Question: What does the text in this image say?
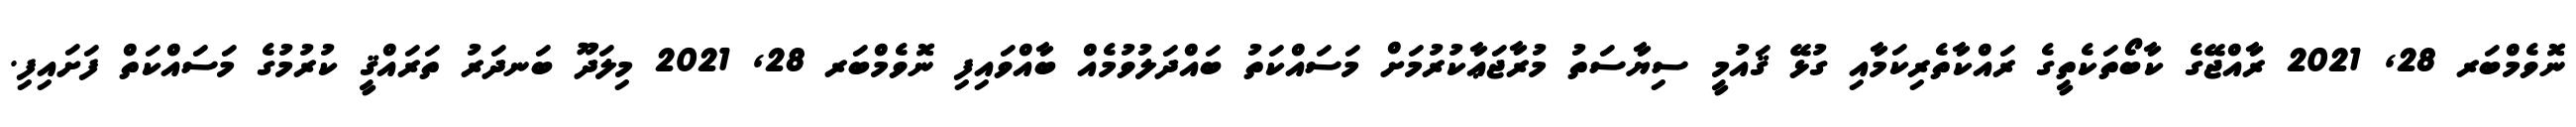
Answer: ނޮވެމްބަރ 28, 2021 ރާއްޖޭގެ ކާބޯތަކެތީގެ ރައްކާތެރިކަމާއި ގުޅޭ ޤައުމީ ސިޔާސަތު މުރާޖަޢާކުރުމަށް މަސައްކަތު ބައްދަލުވުމެއް ބާއްވައިފި ނޮވެމްބަރ 28, 2021 މިލަދޫ ބަނދަރު ތަރައްޤީ ކުރުމުގެ މަސައްކަތް ފަށައިފި.